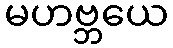
မဟဗ္ဘယေ